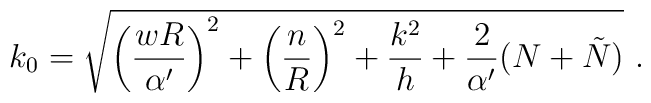
k_{0}=\sqrt{\left(\frac{wR}{\alpha'}\right)^{2}+\left(\frac{n}{R}\right)^{2}+\frac{k^{2}}{h}+\frac{2}{\alpha'}(N+\tilde{N})}~.